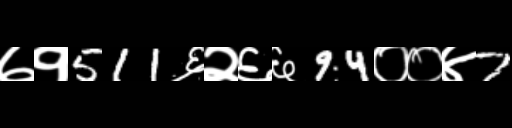
Text: ७१511६२६६94००४7